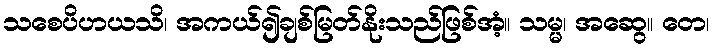
သစေပိဟယသိ၊ အကယ်၍ချစ်မြတ်နိုးသည်ဖြစ်အံ့။ သမ္မ၊ အဆွေ။ တေ၊